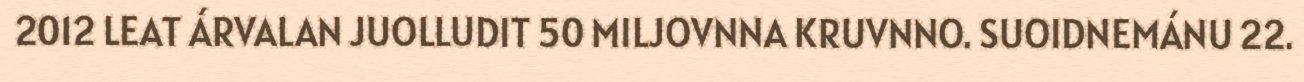
2012 LEAT ÁRVALAN JUOLLUDIT 50 MILJOVNNA KRUVNNO. SUOIDNEMÁNU 22.